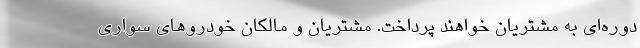
دوره‌ای به مشتریان خواهند پرداخت. مشتریان و مالکان خودروهای سواری